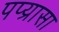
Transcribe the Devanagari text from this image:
पप्य्रासा